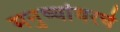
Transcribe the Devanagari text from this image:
मनुष्यांवरचे